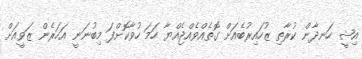
އިޝީ ހަނދާން ކުރާތި ޒުހައިރުބެއަށް ގޮތެއްވެއްޖެއްޔާ ހަމަ ހުވާކޮށްފަ މިބުނަނީ އަހަރެން ޒަވީއަށް